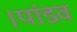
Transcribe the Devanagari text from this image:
।पांडव